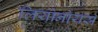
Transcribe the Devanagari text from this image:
लियोनोयस